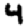
Digit: 4